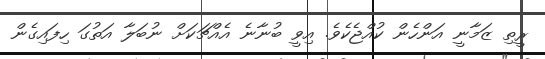
ރީތި ޒަމާނީ އަންހެން ކުއްޖެކެވެ. އިވީ ބުނާނެ އެއްޗަކަށް ނުބަލާ އަތުގަ ހިފައިގެން